Resolution. No. 1369 Ex.
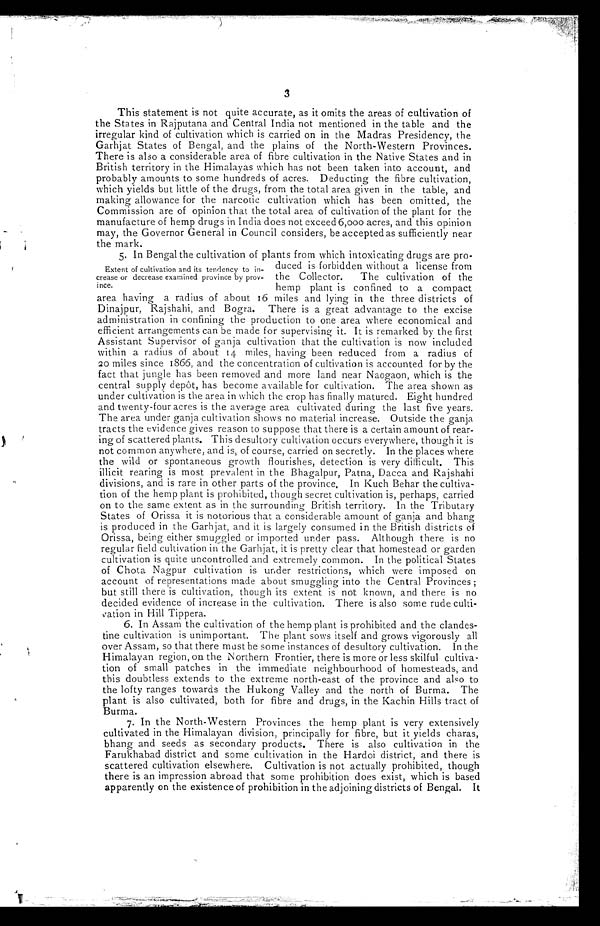
3
This statement is not quite accurate, as it omits the areas of cultivation of
the States in Rajputana and Central India not mentioned in the table and the
irregular kind of cultivation which is carried on in the Madras Presidency, the
Garhjat States of Bengal, and the plains of the North-Western Provinces.
There is also a considerable area of fibre cultivation in the Native States and in
British territory in the Himalayas which has not been taken into account, and
probably amounts to some hundreds of acres. Deducting the fibre cultivation,
which yields but little of the drugs, from the total area given in the table, and
making allowance for the narcotic cultivation which has been omitted, the
Commission are of opinion that the total area of cultivation of the plant for the
manufacture of hemp drugs in India does not exceed 6,000 acres, and this opinion
may, the Governor General in Council considers, be accepted as sufficiently near
the mark.
5. In Bengal the cultivation of plants from which intoxicating drugs are pro-
Extent of cultivation and its tendency to in-
from
duced is forbidden without a license fro
crease or decrease examined province by prov- the Collector.
The cultivation of the
ince.
hemp plant is confined to a compact
area havin a radius of about 16 miles and lying in the three districts of
Dinajpur, Rajshahi, and Bogra. There is a great advantage to the excise
administration in confining the production to one area where economical and
efficient arrangements can be made for supervising it. It is remarked by the first
Assistant Supervisor of ganja cultivation that the cultivation is now included
within a radius of about 14 miles, having been reduced from a radius of
20 miles since 1866, and the concentration of cultivation is accounted for by the
fact that jungle has been removed and more land near Naogaon, which is the
central supply depot, has become available for cultivation. The area shown as
under cultivation is the area in which the crop has finally matured. Eight hundred
and twenty-four acres is the average area cultivated during the last five years.
The area under ganja cultivation shows no material increase. Outside the ganja
tracts the evidence gives reason to suppose that there is a certain amount of rear-
ing of scattered plants. This desultory cultivation occurs everywhere, though it is
not common anywhere, and is, of course, carried on secretly. In the places where
the wild or spontaneous growth flourishes, detection is very difficult. This
illicit rearing is most prevalent in the Bhagalpur, Patna, Dacca and Rajshahi
divisions, and is rare in other parts of the province. In Kuch Behar the cultiva-
tion of the hemp plant is prohibited, though secret cultivation is, perhaps, carried
on to the same extent as in the surrounding British territory. In the Tributary
States of Orissa it is notorious that a considerable amount of ganja and bhang
is produced in the Garhjat, and it is largely consumed in the British districts of
Orissa, being either smuggled or imported under pass. Although there is no
regular field cultivation in the Garhjat, it is pretty clear that homestead or garden
cultivation is quite uncontrolled and extremely common. In the political States
of Chota Nagpur cultivation is under restrictions, which were imposed on
account of representations made about smuggling into the Central Provinces ;
but still there is cultivation, though its extent is not known, and there is no
decided evidence of increase in the cultivation. There is also some rude
culti-vation in Hill Tippera.
6. In Assam the cultivation of the hemp plant is prohibited and the clandes-
tine cultivation is unimportant. The plant sows itself and grows vigorously all
over Assam, so that there must be some instances of desultory cultivation. In the
Himalayan region, on the N orthem Frontier, there is more or less skilful cultiva-
tion of small patches in the immediate neighbourhood of homesteads, and
this doubtless extends to the extreme north-east of the province and also to
the lofty ranges towards the Hukong Valley and the north of Burma. The
plant is also cultivated, both for fibre and drugs, in the Kachin Hills tract of
Burma.
7. In the North-Western Provinces the hemp plant is very extensively
cultivated in the Himalayan division, principally for fibre, but it yields charas,
bhang and seeds as secondary products. There is also cultivation in the
Farukhabad district and some cultivation in the Hardoi district, and there is
scattered cultivation elsewhere. Cultivation is not actually prohibited, though
there is an impression abroad that some prohibition does exist, which is based
apparently on the existence of prohibition in the adjoining districts of Bengal. It